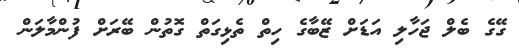
ގޭގެ ބެލް ޖަހާލި އަޑަށް ޒޭބާގެ ހިތް ތެޅިގަތް ގޮތުން ބޭރަށް ފުންމާލަން